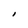
Character: I